Civil Veterinary Department Bihar & Orissa reports 1922-29 - 1922-1929
Year: 1922
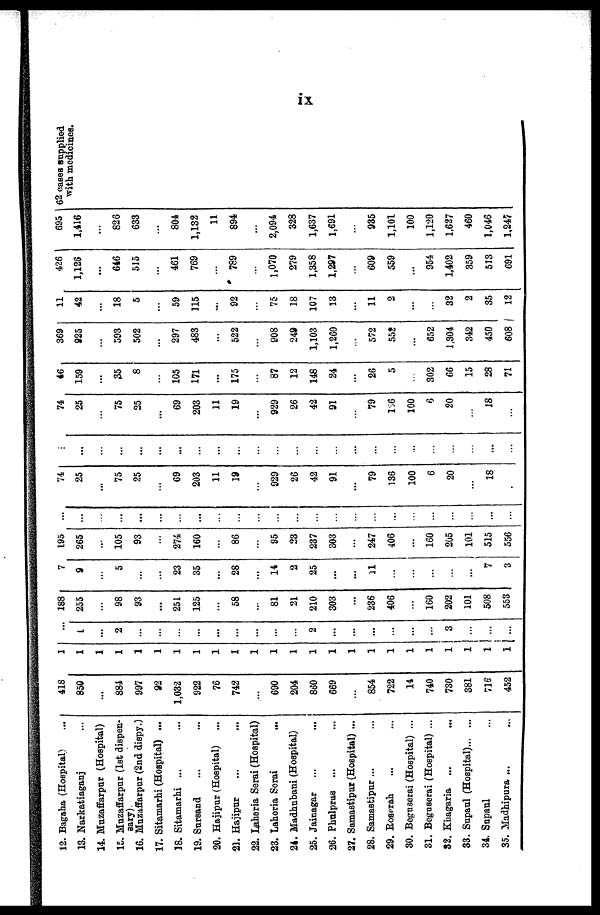
IX
12. Bagaha (Hospital)
13. Narkatiaganj
14. Muzaffarpur (Hospital)
15. Muzaffarpur (1st dispen-
sary)
16. Muzaffarpur (2nd dispy.)
17. Sitamarhi (Hospital) ...
18. Sitamarhi ...
19. Sursand
20. Hajipur (Hospital)
21. Hajipur
22. Isheria Serai (Hospital)
23. Laheria Serai
...
24. Madhubani (Hospital)
25. Jainagar
26. Pbulpras ...
27. Samastipur (Hospital) ...
28. Samastipur ...
29. Roserah
30. Beguserai (Hospital) ...
31. Beguserai (Hospital) ...
32. Khagaria
33. Supaul (Hospital)
34. Supaul
35. Madhipura ...
418
850
...
884
997
92
1,032
922
76
742
...
690
204
860
669
...
854
722
14
740
730
381
716
452
1
1
1
1
1
1
1
1
1
1
1
1
1
1
1
1
1
1
1
1
1
1
1
1
...
1
...
2
...
...
...
...
...
...
...
...
...
2
...
...
...
...
...
...
3
...
...
...
188
255
...
98
93
...
251
125
...
58
...
81
21
210
303
...
236
406
...
160
202
101
508
553
7
9
...
5
...
...
23
35
...
28
...
14
2
25
...
...
11
...
...
...
...
...
7
3
195
265
...
105
93
...
274
160
...
86
...
95
23
237
303
...
247
106
...
160
205
101
515
556
...
...
...
...
...
...
...
...
...
...
...
...
...
...
...
...
...
...
...
...
...
...
...
...
74
25
...
75
25
...
69
203
11
19
...
929
26
42
91
...
79
136
100
6
20
...
18
... ...
...
...
...
...
...
...
...
...
...
...
...
...
...
...
...
...
...
...
...
...
...
74
25
...
75
25
...
69
203
11
19
...
929
26
42
91
...
79
156
100
6
20
...
18
...
46
159
...
35
8
...
105
171
...
175
...
87
12
148
24
...
26
5
...
302
66
15
28
71
369
925
...
593
502
...
297
483
...
522
...
908
249
1,103
1,260
...
572
55?
...
652
1.304
342
450
608
11
42
...
18
5
...
59
115
...
92
...
75
18
107
13
...
11
2
...
...
32
2
35
12
426
1,126
...
646
515
...
461
769
...
789
...
1,070
279
1,358
1,297
...
609
559
...
954
1,402
359
513
691
695
1,416
...
826
633
...
804
1,132
11
894
...
2,094
328
1,637
1,691
...
935
1,101
100
1,120
1,627
460
1,046
1,247
62 coases supplied
with medicines.